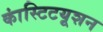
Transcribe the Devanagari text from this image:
कांस्टिटयूशन